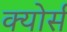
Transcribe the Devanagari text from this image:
क्योर्स